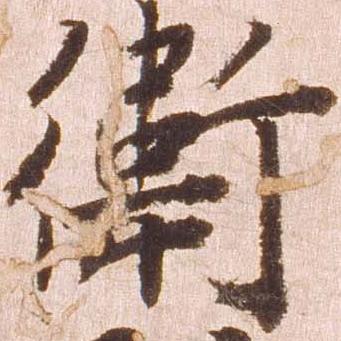
衛